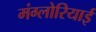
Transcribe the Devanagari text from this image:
मंग्लोरियाई